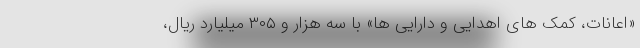
«اعانات، کمک های اهدایی و دارایی ها» با سه هزار و ۳۰۵ میلیارد ریال،